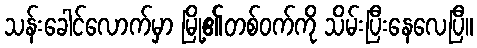
သန်းခေါင်လောက်မှာ မြို့၏တစ်ဝက်ကို သိမ်းပြီးနေလေပြီ။